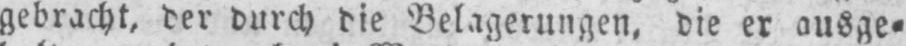
gebracht, der durch die Belagerungen, die er ausge⸗